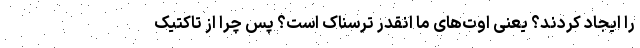
را ایجاد کردند؟ یعنی اوت‌های ما انقدر ترسناک است؟ پس چرا از تاکتیک